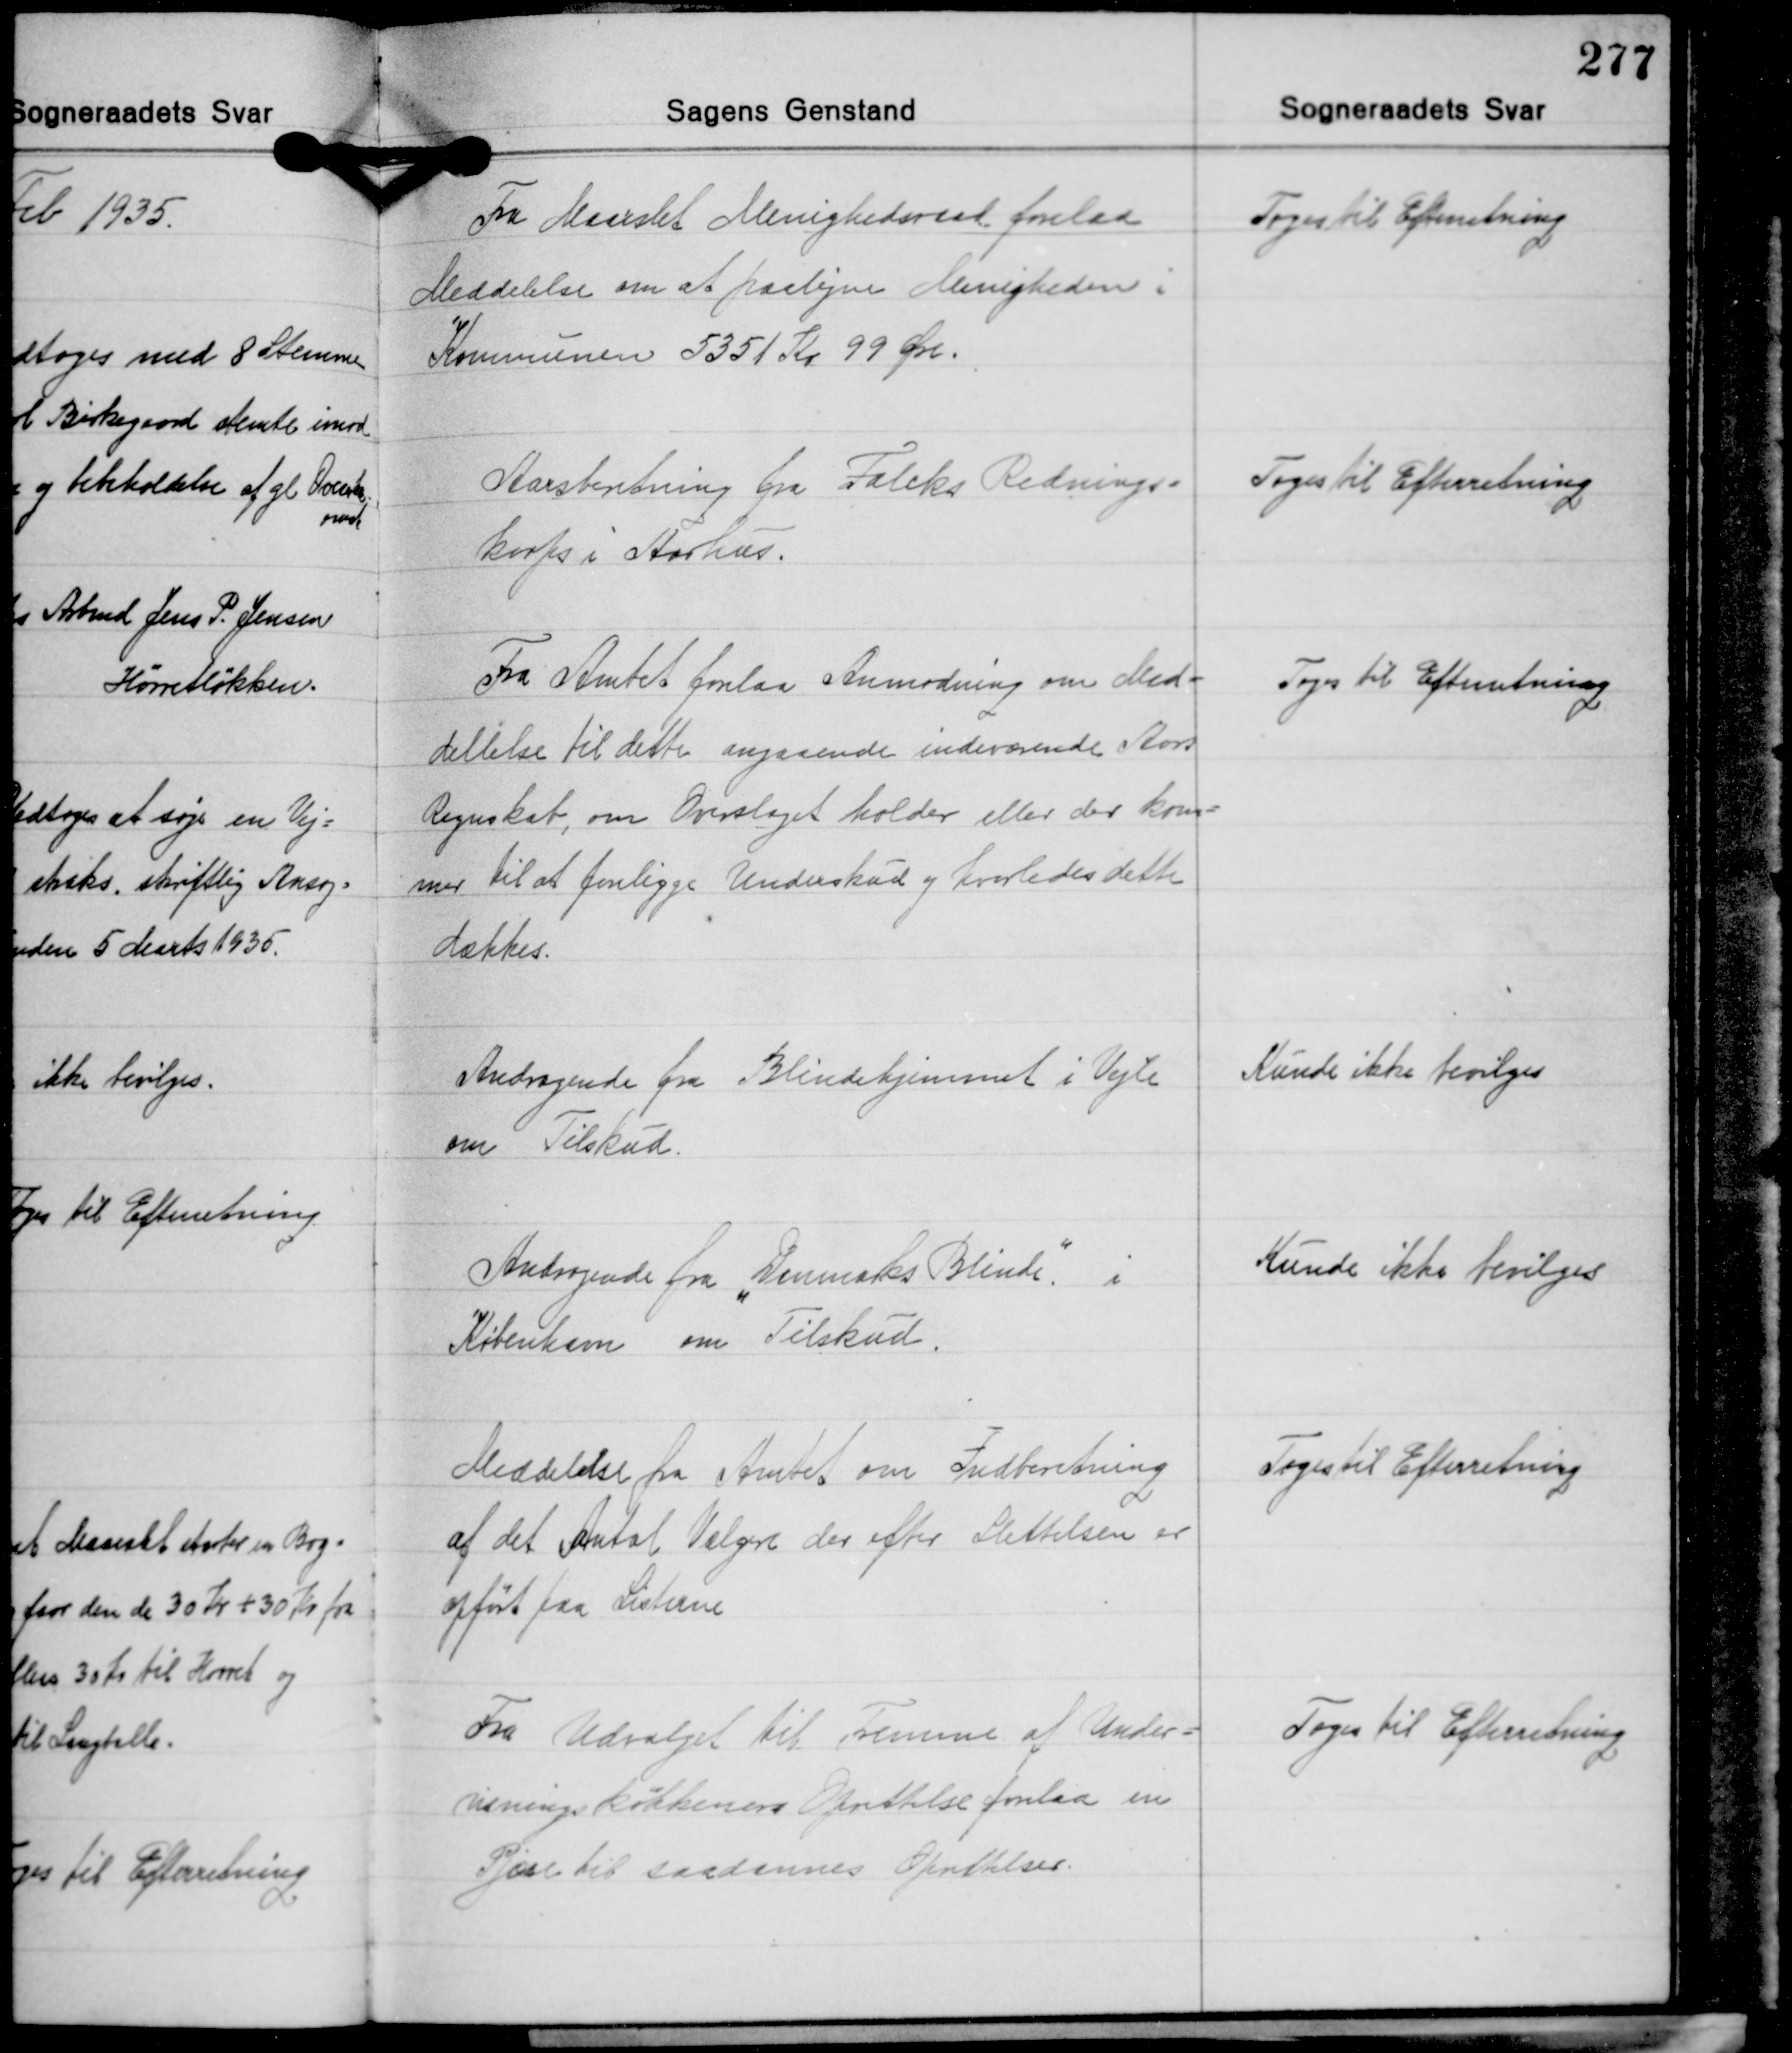
Transskription:
Fra Maarslet Menighedsraad forelaa
Meddelelse om at paaligne Menigheden i
Kommunen 5351 Kr. 99 Øre.

Toges til Efterretning

Aarsberetning fra Falcks Rednings-
korps i Aarhus.

Toges til Efterretning

Fra Amtet forelaa Anmodning om Med-
dellelse til dette angaaende indeværende Aars
Regnskab, om Overslaget holder eller der kom-
mer til at forligge Underskud og hvorledes dette
dækkes.

Toges til Efterretning

Andragende fra Blindehjemmet i Vejle
om Tilskud.

Kunde ikke bevilges

Andragende fra "Danmarks Blinde" i
København om Tilskud.

Kunde ikke bevilges

Meddelelse fra Amtet om Indberetning
af det Antal Vælgere der efter Slettelsen er
opført paa Listerne

Toges til Efterretning

Fra Udvalget til Fremme af Under-
visningskøkkeners Oprettelse forelaa en
Pjæce til saadannes Oprettelser.

Toges til Efterretning